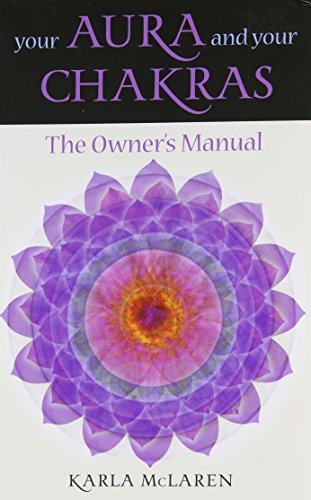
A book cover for Your Aura & Your Chakras: The Owner's Manual; Karla McLaren; Religion & Spirituality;